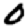
Digit: 0